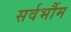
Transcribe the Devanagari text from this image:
सर्वर्भौम